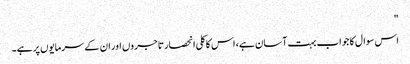
"
اس سوال کا جواب بہت آسان ہے، اس کا کلی انحصار تاجروں اور ان کے سرمایوں پر ہے۔